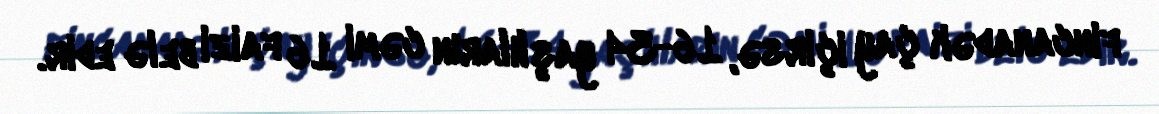
fincanadək çay içirsə, 16-34 yaşlıların cəmi 16 faizi belə edir.